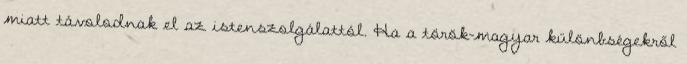
miatt távolodnak el az istenszolgálattól. Ha a török-magyar különbségekről